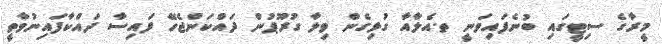
މީރާގެ ސިޓީގައި ބުނެފައިވަނީ ތ.އެލާއާ ގުޅިގެން ވިލާ ގުރޫޕުން ދައްކަންޖެހޭ ފައިސާ ދައްކާފައިނުވާތީ